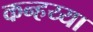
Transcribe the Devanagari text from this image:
कन्हय्या